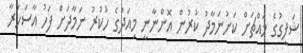
ޝަފީގުގެ މައްޗަށް ކަށުނަމާދު ކުރުން އޮންނާނީ މިއަދުގެ ހުކުރު ނަމާދަށް ފަހު އާސަހަރާ